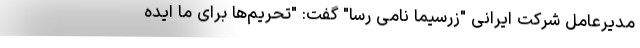
مدیرعامل شرکت ایرانی "زرسیما نامی رسا" گفت: "تحریم‌ها برای ما ایده